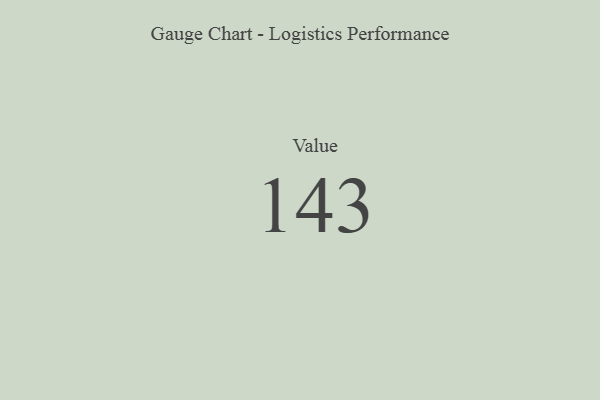
{"axis": {"x": "Metric", "y": "Value"}, "legend": [""], "data": [{"x": "Value", "y": 143, "type": ""}]}